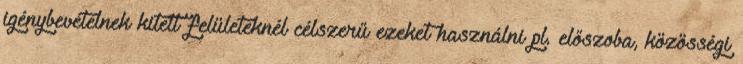
igénybevételnek kitett felületeknél célszerű ezeket használni pl. előszoba, közösségi